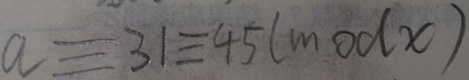
a \equiv 3 1 \equiv 4 5 ( m o d x )